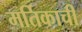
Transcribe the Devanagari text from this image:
मर्तिकाची